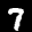
Label: 7